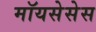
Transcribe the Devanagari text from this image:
मॉयसेसेस